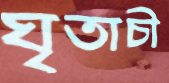
ঘৃতাচী